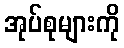
အုပ်စုများကို